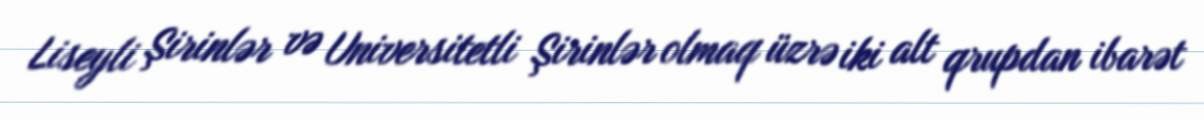
Liseyli Şirinlər və Universitetli Şirinlər olmaq üzrə iki alt qrupdan ibarət